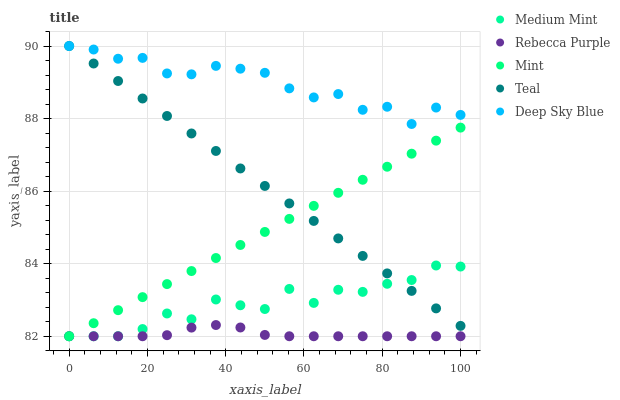
| xaxis_label | Medium Mint | Rebecca Purple | Mint | Teal | Deep Sky Blue |
 | --- | --- | --- | --- | --- | --- |
 | 0 | 82 | 82 | 82 | 90 | 90 |
 | 6.25 | 82 | 82 | 82.4 | 89.5 | 89.9 |
 | 12.5 | 82 | 82 | 82.7 | 89 | 89.6 |
 | 18.8 | 82.2 | 82 | 83.1 | 88.6 | 89.7 |
 | 25 | 82.6 | 82 | 83.4 | 88.1 | 89.2 |
 | 31.2 | 82.5 | 82.2 | 83.8 | 87.6 | 89.2 |
 | 37.5 | 83 | 82.3 | 84.2 | 87.1 | 89.5 |
 | 43.8 | 82.9 | 82.2 | 84.5 | 86.6 | 89.4 |
 | 50 | 82.8 | 82 | 84.9 | 86.1 | 89.3 |
 | 56.2 | 83.3 | 82 | 85.2 | 85.7 | 88.8 |
 | 62.5 | 82.9 | 82 | 85.6 | 85.2 | 88.6 |
 | 68.8 | 83.3 | 82 | 86 | 84.7 | 88.7 |
 | 75 | 83.2 | 82 | 86.3 | 84.2 | 88.2 |
 | 81.2 | 83.4 | 82 | 86.7 | 83.7 | 88.3 |
 | 87.5 | 83.5 | 82 | 87 | 83.3 | 87.9 |
 | 93.8 | 84 | 82 | 87.4 | 82.8 | 88.3 |
 | 100 | 83.9 | 82 | 87.8 | 82.3 | 88.1 |